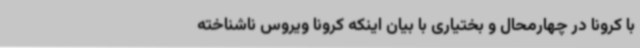
با کرونا در چهارمحال و بختیاری با بیان اینکه کرونا ویروس ناشناخته